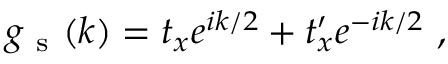
g _ { \mathrm { ~ s ~ } } ( k ) = t _ { x } e ^ { i k / 2 } + t _ { x } ^ { \prime } e ^ { - i k / 2 } \mathrm { ~ , ~ }